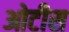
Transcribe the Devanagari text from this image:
ओटीस